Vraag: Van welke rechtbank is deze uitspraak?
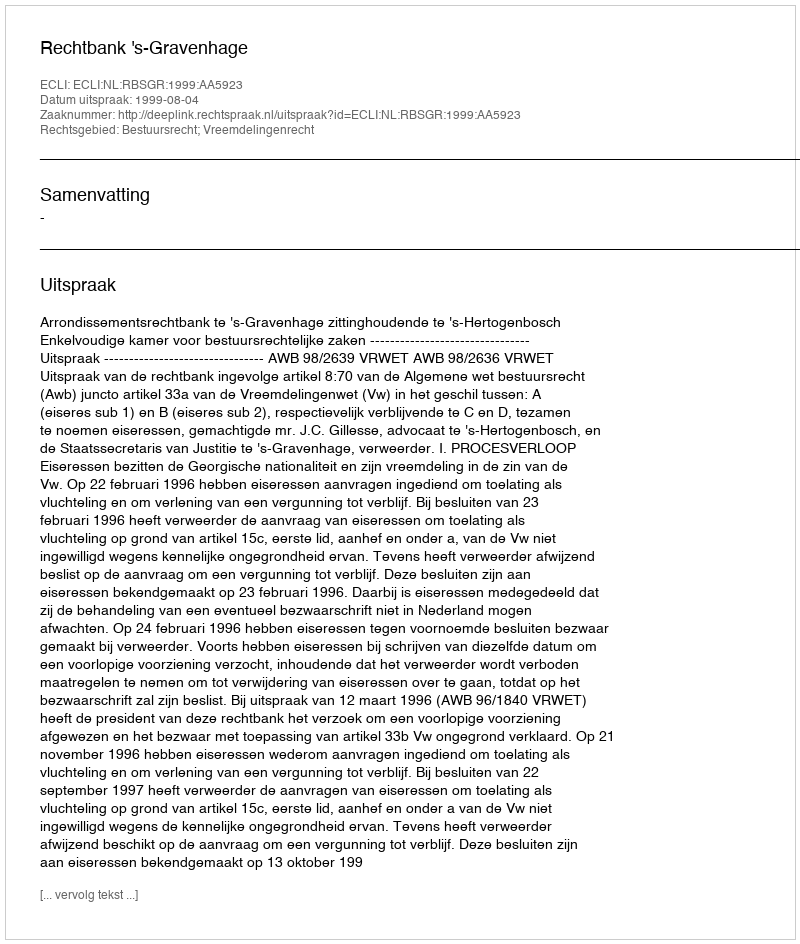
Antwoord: Rechtbank 's-Gravenhage